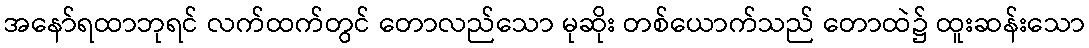
အနော်ရထာဘုရင် လက်ထက်တွင် တောလည်သော မုဆိုး တစ်ယောက်သည် တောထဲ၌ ထူးဆန်းသော